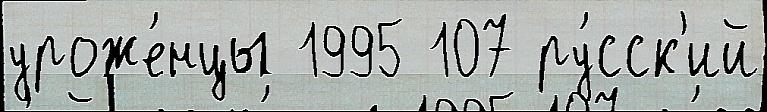
уроже́нцы 1995 107 ру́сск'ий